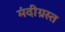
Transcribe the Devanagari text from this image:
मंदीग्रस्त